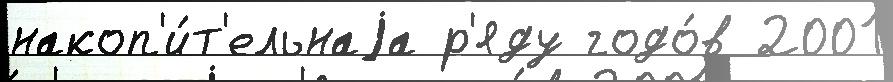
накоп'и́т'ельнаjа р'яду годо́в 2001